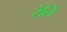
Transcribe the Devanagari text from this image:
रंति